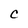
Character: C